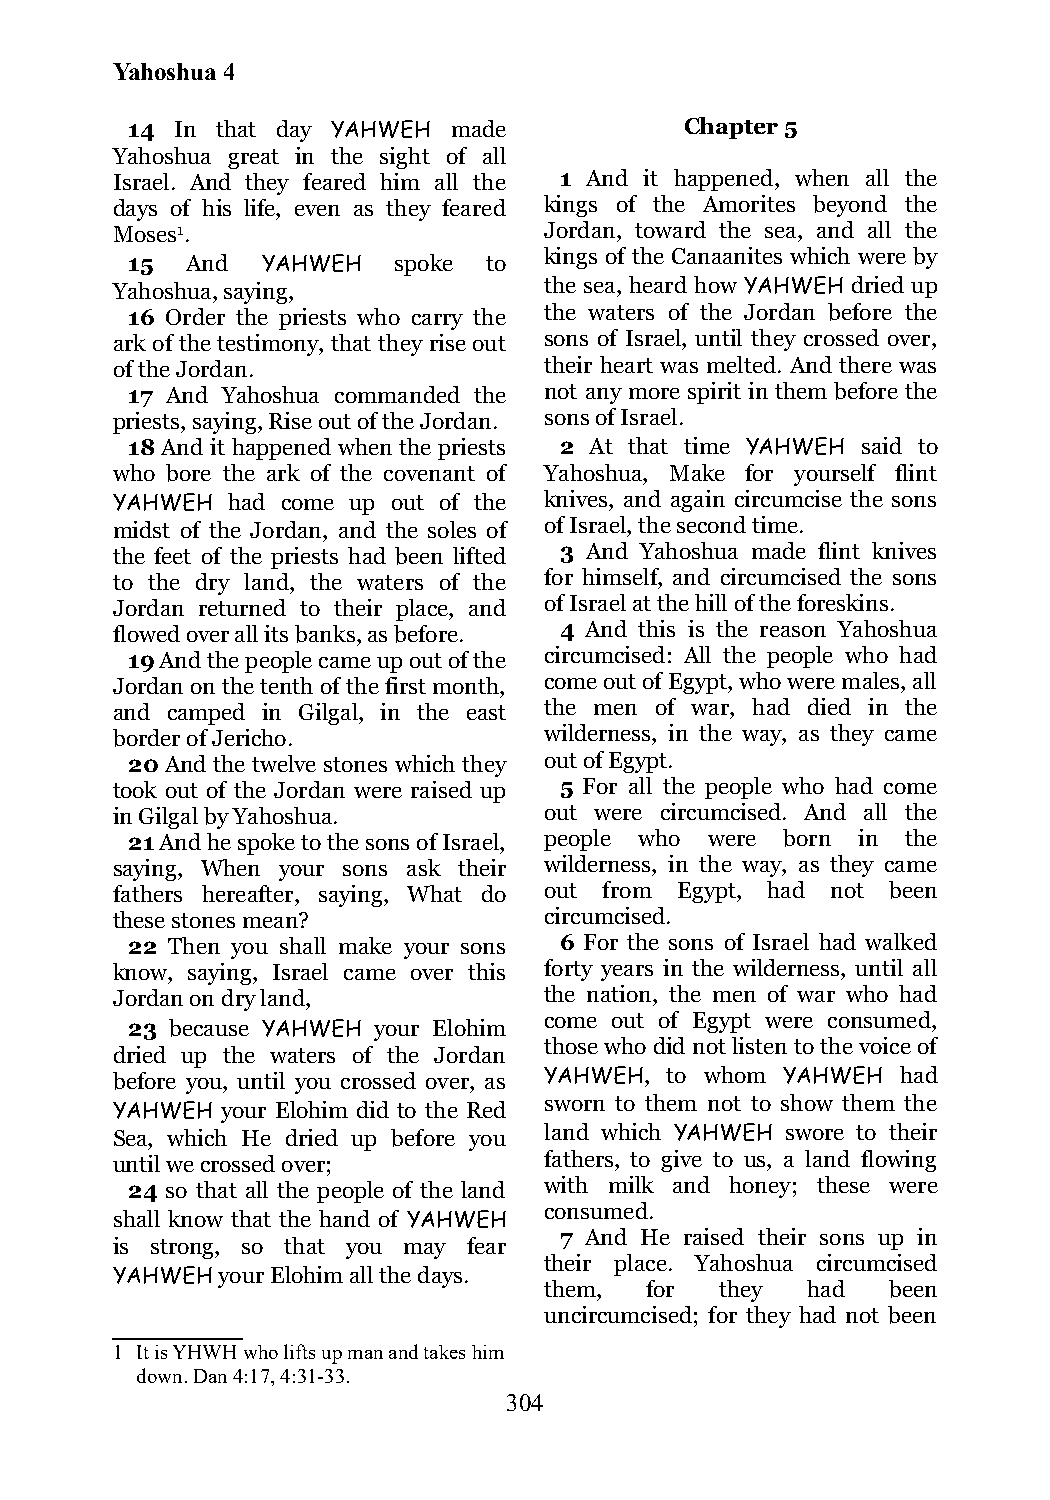
Yahoshua 4
 14  In that day YAHWEH made          Chapter 5
 Yahoshua great in the sight of all
 Israel. And they feared him all the 1 And it happened, when all the
 days of his life, even as they feared kings of the Amorites beyond the
 Moses1.                      Jordan, toward the sea, and all the
 kings of the Canaanites which were by
 15  And  YAHWEH   spoke to
 Yahoshua, saying,            the sea, heard how YAHWEH dried up
 16 Order the priests who carry the the waters of the Jordan before the
 ark of the testimony, that they rise out sons of Israel, until they crossed over,
 of the Jordan.               their heart was melted. And there was
 17 And Yahoshua commanded the not any more spirit in them before the
 priests, saying, Rise out of the Jordan. sons of Israel.
 18 And it happened when the priests 2 At that time YAHWEH said to
 who bore the ark of the covenant of Yahoshua, Make for yourself flint
 YAHWEH  had come up out of the knives, and again circumcise the sons
 midst of the Jordan, and the soles of of Israel, the second time.
 the feet of the priests had been lifted 3 And Yahoshua made flint knives
 to the dry land, the waters of the for himself, and circumcised the sons
 Jordan returned to their place, and of Israel at the hill of the foreskins.
 flowed over all its banks, as before. 4 And this is the reason Yahoshua
 19 And the people came up out of the circumcised: All the people who had
 Jordan on the tenth of the first month, come out of Egypt, who were males, all
 and camped in Gilgal, in the east the men of war, had died in the
 border of Jericho.           wilderness, in the way, as they came
 20 And the twelve stones which they out of Egypt.
 took out of the Jordan were raised up 5 For all the people who had come
 in Gilgal by Yahoshua.       out were circumcised. And all the
 21 And he spoke to the sons of Israel, people who were born in the
 saying, When your sons ask their wilderness, in the way, as they came
 fathers hereafter, saying, What do out from Egypt, had not been
 these stones mean?           circumcised.
 22 Then you shall make your sons 6 For the sons of Israel had walked
 know, saying, Israel came over this forty years in the wilderness, until all
 Jordan on dry land,          the nation, the men of war who had
 come out of Egypt were consumed,
 23 because YAHWEH your Elohim
 those who did not listen to the voice of
 dried up the waters of the Jordan
 before you, until you crossed over, as YAHWEH, to whom YAHWEH had
 sworn to them not to show them the
 YAHWEH  your Elohim did to the Red
 Sea, which He dried up before you land which YAHWEH swore to their
 until we crossed over;       fathers, to give to us, a land flowing
 24 so that all the people of the land with milk and honey; these were
 consumed.
 shall know that the hand of YAHWEH
 7 And He raised their sons up in
 is strong, so that you may fear
 their place. Yahoshua circumcised
 YAHWEH your Elohim all the days.
 them,  for  they had   been
 uncircumcised; for they had not been
 1 It is YHWH who lifts up man and takes him
 down. Dan 4:17, 4:31-33.
 304